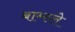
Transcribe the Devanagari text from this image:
बाम्स्ले